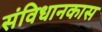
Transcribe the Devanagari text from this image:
संविधानकास